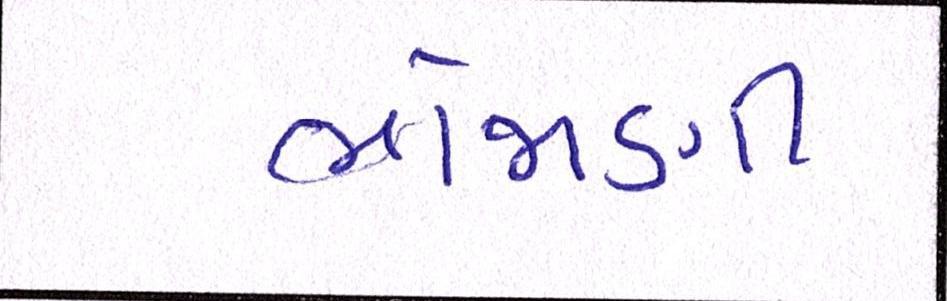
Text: ભોજાણી